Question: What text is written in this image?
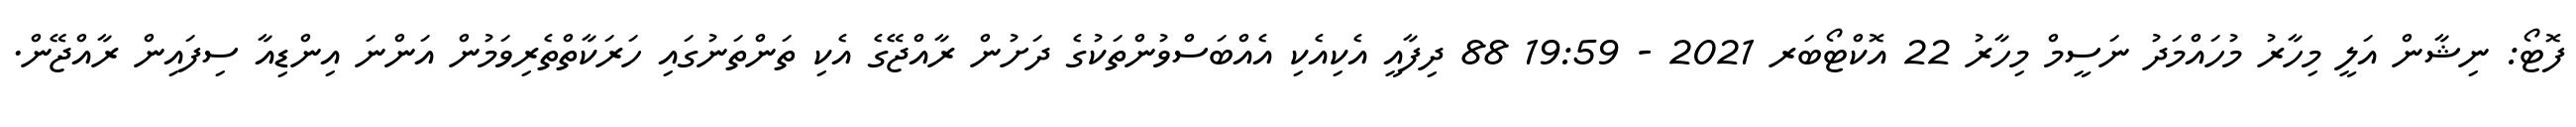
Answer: ފޮޓޯ: ނިޝާން އަލީ މިހާރު މުހައްމަދު ނަސީމް މިހާރު 22 އޮކްޓޯބަރ 2021 - 19:59 88 ދިފާއީ އެކިއެކި އެއްބަސްވުންތަކުގެ ދަށުން ރާއްޖޭގެ އެކި ތަންތަނުގައި ހަރަކާތްތެރިވަމުން އަންނަ އިންޑިއާ ސިފައިން ރާއްޖޭން.